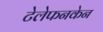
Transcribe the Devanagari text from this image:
टेलेफनकेन